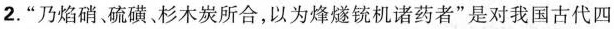
2.”乃焰硝硫磺、杉木炭所合，以为烽燧铳机诸药者”是对我国古代四